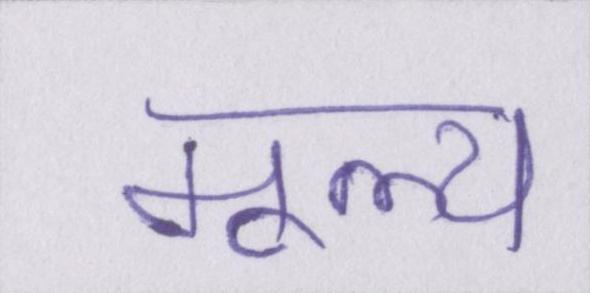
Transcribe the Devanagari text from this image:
मूल्य